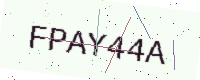
Text: FPAY44A